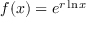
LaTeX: f ( x ) = e ^ { r \ln x }